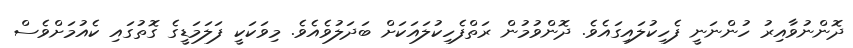
ދޮންނުވާއިރު ހުންނަނީ ފެހިކުލައިގައެވެ. ދޮންވުމުން ރަތްފެހިކުލައަކަށް ބަދަލުވެއެވެ. މިވަކަކީ ފަލަމަޑީގެ ގޮތުގައި ކެއުމަށްވެސް